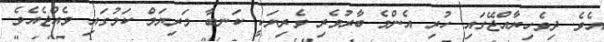
އެވެ. ދިވެހިރާއްޖޭގައި ހުރި އެންމެ ބާރުވެރި ވެރިޔަކީ ކަނބާ މަރިޔަމް ކަމުގައި ވެއްޖެއެވެ.